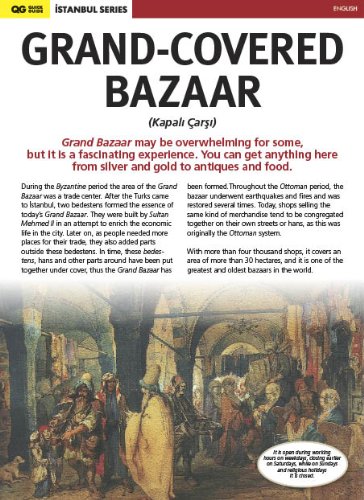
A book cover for Grand-Covered Bazaar (Kapali Carsi) in Istanbul; Serif Yenen; Travel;